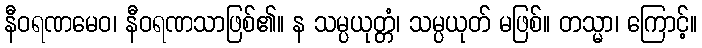
နီဝရဏမေဝ၊ နီဝရဏသာဖြစ်၏။ န သမ္ပယုတ္တံ၊ သမ္ပယုတ် မဖြစ်။ တသ္မာ၊ ကြောင့်။